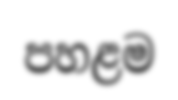
පහළම